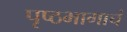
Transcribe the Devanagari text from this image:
पृष्ठभागाचं